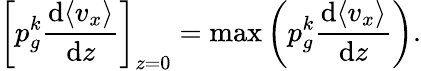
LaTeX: \left[p_{g}^{k}\frac{\mathrm{d}\langle v_{x}\rangle}{\mathrm{d}z}\right]_{z=0}=\operatorname*{max}\left(p_{g}^{k}\frac{\mathrm{d}\langle v_{x}\rangle}{\mathrm{d}z}\right).